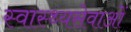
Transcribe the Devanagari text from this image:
स्वास्थ्यसेवाओं